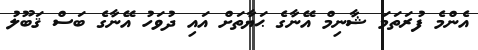
އެންމެ ފުރަތަމަ ޝާނިމް އޭނާގެ ޙަޔާތަށް އައި ދުވަހު އޭނާގެ ބަސް ޤަބޫލު